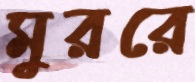
মুররে